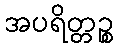
အပရိတ္တဉ္စ